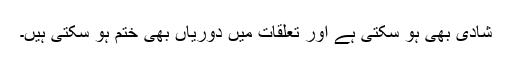
شادی بھی ہو سکتی ہے اور تعلقات میں دوریاں بھی ختم ہو سکتی ہیں۔